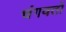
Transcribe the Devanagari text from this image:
चंगवतों